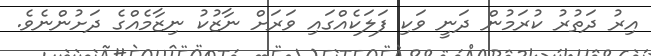
އިރު ދަތުރު ކުރަމުން ދަނީ ވަކި ފަލަކެއްގައި ވަރަށް ނާޒުކު ނިޒާމެއްގެ ދަށުންނެވެ.